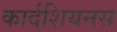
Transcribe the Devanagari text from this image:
कार्दशियनस